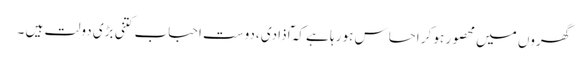
گھروں میں محصور ہو کر احساس ہو رہا ہے کہ ٓاذادی ،دوست احباب کتنی بڑی دولت ہیں ۔